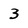
Character: 3